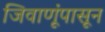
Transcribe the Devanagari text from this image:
जिवाणूंपासून